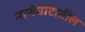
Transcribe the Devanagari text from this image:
नाणेघाटातील